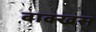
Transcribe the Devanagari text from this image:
बाक्खस